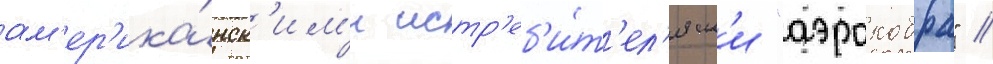
ам'ер'ика́нск'им'и истр'еб'и́т'ел'ям'и "аэрокобра" //